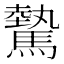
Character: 驇